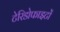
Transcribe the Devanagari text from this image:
टेरिडोफाइटों